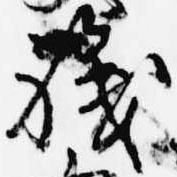
職